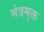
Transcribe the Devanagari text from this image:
मंत्रमुक्त